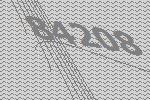
84208